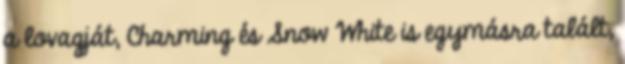
a lovagját, Charming és Snow White is egymásra talált,